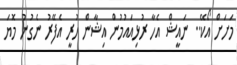
މަށަށް އޯކޭ.. ނައީޝް އެހާ ރުޅިއައުމުން އިޝާން ހުރީ އެފޭރު ނެގުނު މޮޔަ